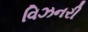
વિઝનરી